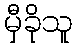
မှီခိုသူ